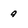
Character: g